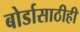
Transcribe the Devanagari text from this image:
बोर्डासाठीही